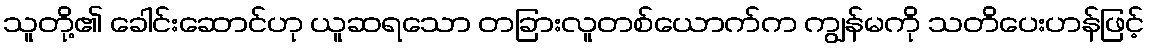
သူတို့၏ ခေါင်းဆောင်ဟု ယူဆရသော တခြားလူတစ်ယောက်က ကျွန်မကို သတိပေးဟန်ဖြင့်